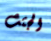
الجثث